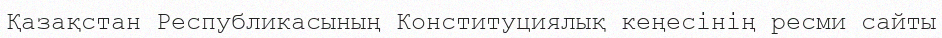
Қазақстан Республикасының Конституциялық кеңесінің ресми сайты